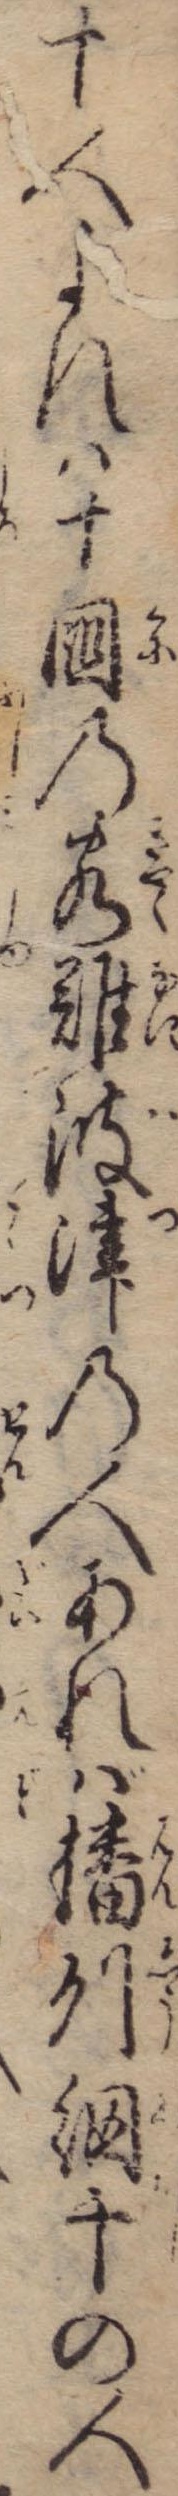
十人よれは十国の客難波津の人あれば播州網干の人